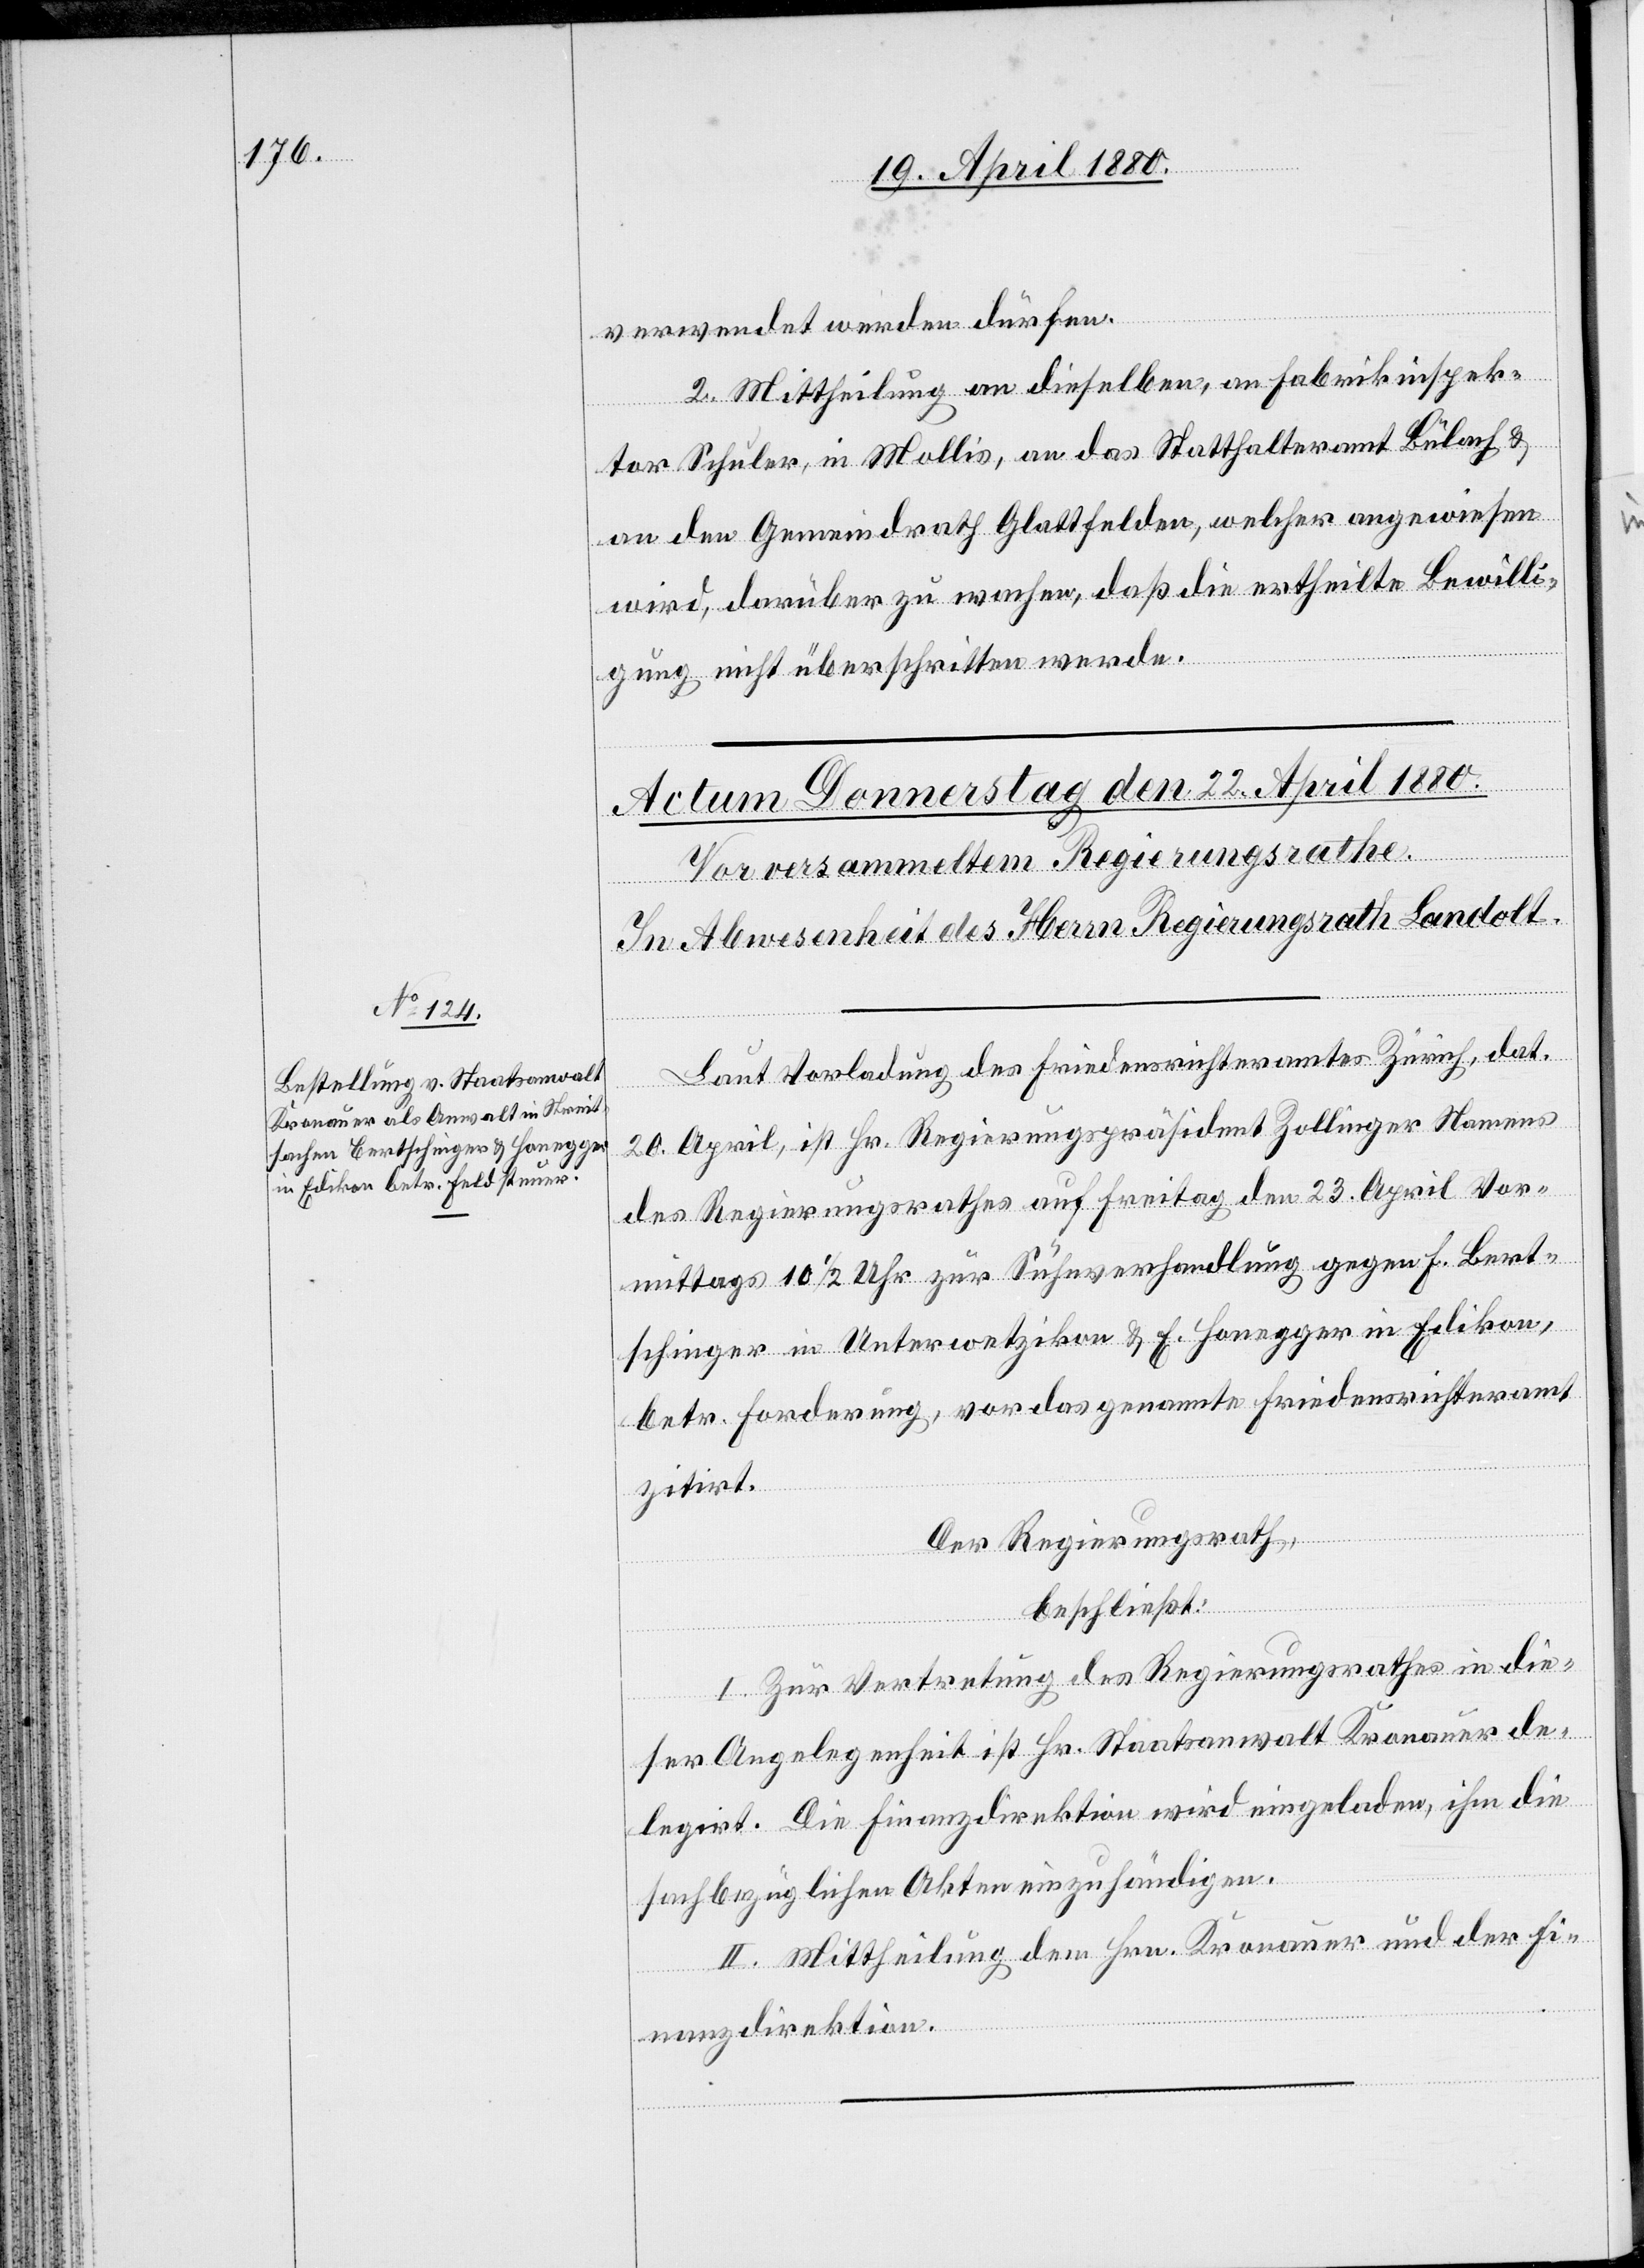
verwendet werden dürfen.
2. Mittheilung an dieselben, an Fabrikinspek¬
tor Schuler, in Mollis, an das Statthalteramt Bülach &
an den Gemeindrath Glattfelden, welcher angewiesen
wird, darüber zu wachen, daß die ertheilte Bewilli¬
gung nicht überschritten werde.
Laut Vorladung des Friedensrichteramtes Zürich, dat.
20. April, ist Hr. Regierungspräsident Zollinger Namens
des Regierungsrathes auf Freitag den 23. April Vor¬
mittags 10 1/2 Uhr zur Sühneverhandlung gegen F. Bert¬
schinger in Unterwetzikon & E. Honegger in Edikon,
betr. Forderung, vor das genannte Friedensrichteramt
zitirt.
Der Regierungsrath,
beschließt:
I. Zur Vertretung des Regierungsrathes in die¬
ser Angelegenheit ist Hr. Staatsanwalt Kronauer de¬
legirt. Die Finanzdirektion wird eingeladen, ihm die
sachbezüglichen Akten einzuhändigen.
II. Mittheilung dem Hrn. Kronauer und der Fi¬
nanzdirektion.